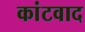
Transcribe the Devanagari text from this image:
कांटवाद